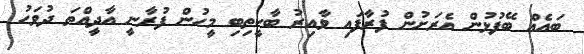
ބައެއް ބޭފުޅުން އެރަށުން ފުރާފައި ވާއިރު ބާކީތިބި މީހުން ފުރާނީ އާދީއްތަ ދުވަހު